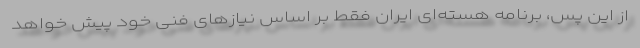
از این پس، برنامه هسته‌ای ایران فقط بر اساس نیازهای فنی خود پیش خواهد